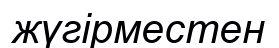
жүгірместен